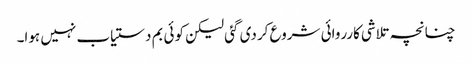
چنانچہ تلاشی کارروائی شروع کردی گئی لیکن کوئی بم دستیاب نہیں ہوا۔